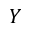
Y